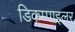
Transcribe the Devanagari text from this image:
डिकम्पाइलर